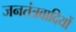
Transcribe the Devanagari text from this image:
जनतंत्रवादियों